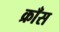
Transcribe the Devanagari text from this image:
क्राँस